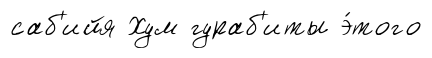
саб'ийя Хум гураб'иты э́того